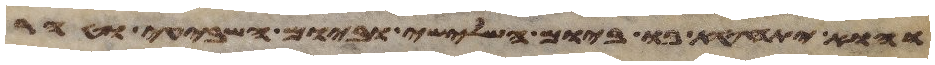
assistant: והוא יתחטא בו ביום השלישי וביום השביעי וטהר